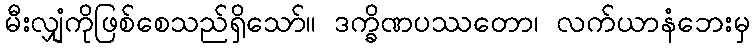
မီးလျှံကိုဖြစ်စေသည်ရှိသော်။ ဒက္ခိဏပဿတော၊ လက်ယာနံဘေးမှ